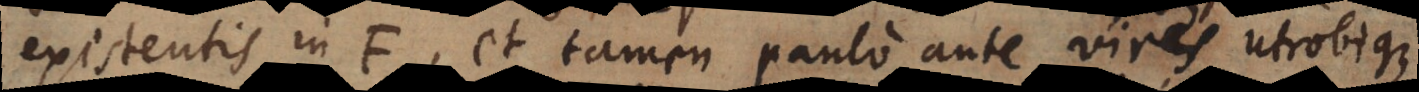
existentis in F, et tamen paulo ante vires utrobique